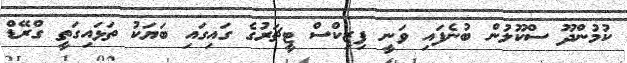
ކުމުންދޫ ސްކޫލުން ބުނެފައި ވަނީ ފިޒިކްސް ޓީޗަރުގެ ގައިގައި ބަޔަކު ތަޅައިގަތީ ގްރޭޑް